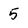
Character: 5